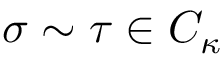
\sigma \sim \tau \in C _ { \kappa }